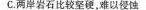
C.两岸岩石比较坚硬，难以侵蚀